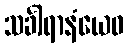
သင်္ခါရာနံယေဝ